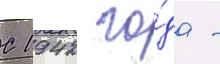
С 1942 го́да -